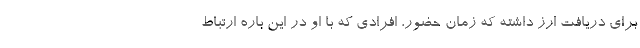
برای دریافت ارز داشته که زمان حضور، افرادی که با او در این باره ارتباط